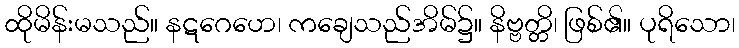
ထိုမိန်းမသည်။ နဋဂေဟေ၊ ကချေသည်အိမ်၌။ နိဗ္ဗတ္တိ၊ ဖြစ်၏။ ပုရိသော၊